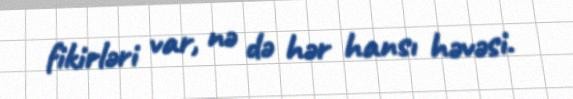
fikirləri var, nə də hər hansı həvəsi.